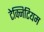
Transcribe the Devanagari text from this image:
टेक्निटियम